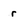
Character: r